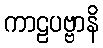
ကာဠပဗ္ဗာနိ